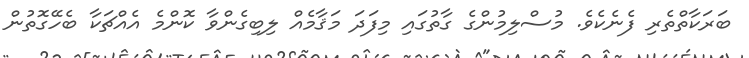
ބަރަކާތްތެރި ފެނެކެވެ. މުސްލިމުންގެ ގާތުގައި މިފަދަ މަޤާމެއް ލިބިގެންވާ ކޮންމެ އެއްޗަކާ ބެހޭގޮތުން